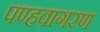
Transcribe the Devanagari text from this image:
पण्हवागरण